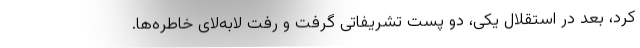
کرد، بعد در استقلال یکی، دو پست تشریفاتی گرفت و رفت لابه‌لای خاطره‌ها.